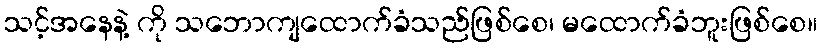
သင့်အနေနဲ့ ကို သဘောကျထောက်ခံသည်ဖြစ်စေ၊ မထောက်ခံဘူးဖြစ်စေ။